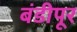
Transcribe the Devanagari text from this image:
बंडीपूर